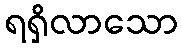
ရရှိလာသော